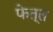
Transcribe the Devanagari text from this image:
फेत्त